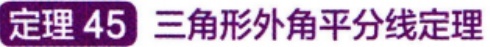
定理 45 三角形外角平分线定理